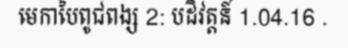
មេកាបៃពូជពង្ស 2: បដិវត្តន៍ 1.04.16 .